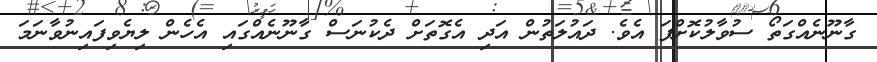
ގާނޫނެއްގަތޯ ސުވާލުކޮށްފަ އެވެ. ދައުލަތުން އަދި އެގޮތަށް ދެކުނަސް ގާނޫނެއްގައި އެހެން ލިޔެވިފައިނުވާނަމަ